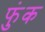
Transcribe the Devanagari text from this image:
फुंक